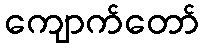
ကျောက်တော်